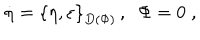
\dot { \eta } = \left\{ \eta , \varepsilon \right\} _ { D ( \Phi ) } \, , \; \; \Phi = 0 \; ,